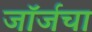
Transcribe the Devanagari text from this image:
जॉर्जचा